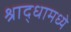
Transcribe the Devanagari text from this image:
श्राद्धामध्ये